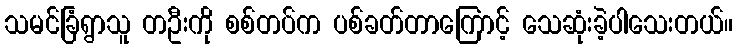
သမင်ခြံရွာသူ တဦးကို စစ်တပ်က ပစ်ခတ်တာကြောင့် သေဆုံးခဲ့ပါသေးတယ်။